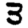
Digit: 3